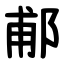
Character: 郙